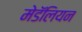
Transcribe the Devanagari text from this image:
मेडॅलियन